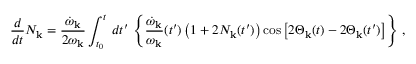
{ \frac { d } { d t } } { \cal N } _ { \bf k } = { \frac { \dot { \omega } _ { \bf k } } { 2 \omega _ { \bf k } } } \int _ { t _ { 0 } } ^ { t } \, d t ^ { \prime } \, \left\{ { \frac { \dot { \omega } _ { \bf k } } { \omega _ { \bf k } } } ( t ^ { \prime } ) \left( 1 + 2 { \cal N } _ { \bf k } ( t ^ { \prime } ) \right) \cos \left[ 2 \Theta _ { \bf k } ( t ) - 2 \Theta _ { \bf k } ( t ^ { \prime } ) \right] \right\} \, ,